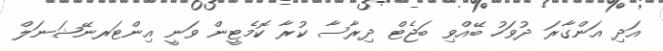
އަދި އަންގާރަ ދުވަހު ބޭއްވި ބަޖެޓް ދިރާސާ ކުރާ ކޮމެޓީން ވަނީ އިންޓަރނޭޝަނަލް